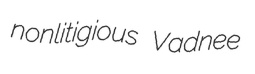
nonlitigious Vadnee